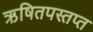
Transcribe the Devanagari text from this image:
ऋषितपस्तप्त